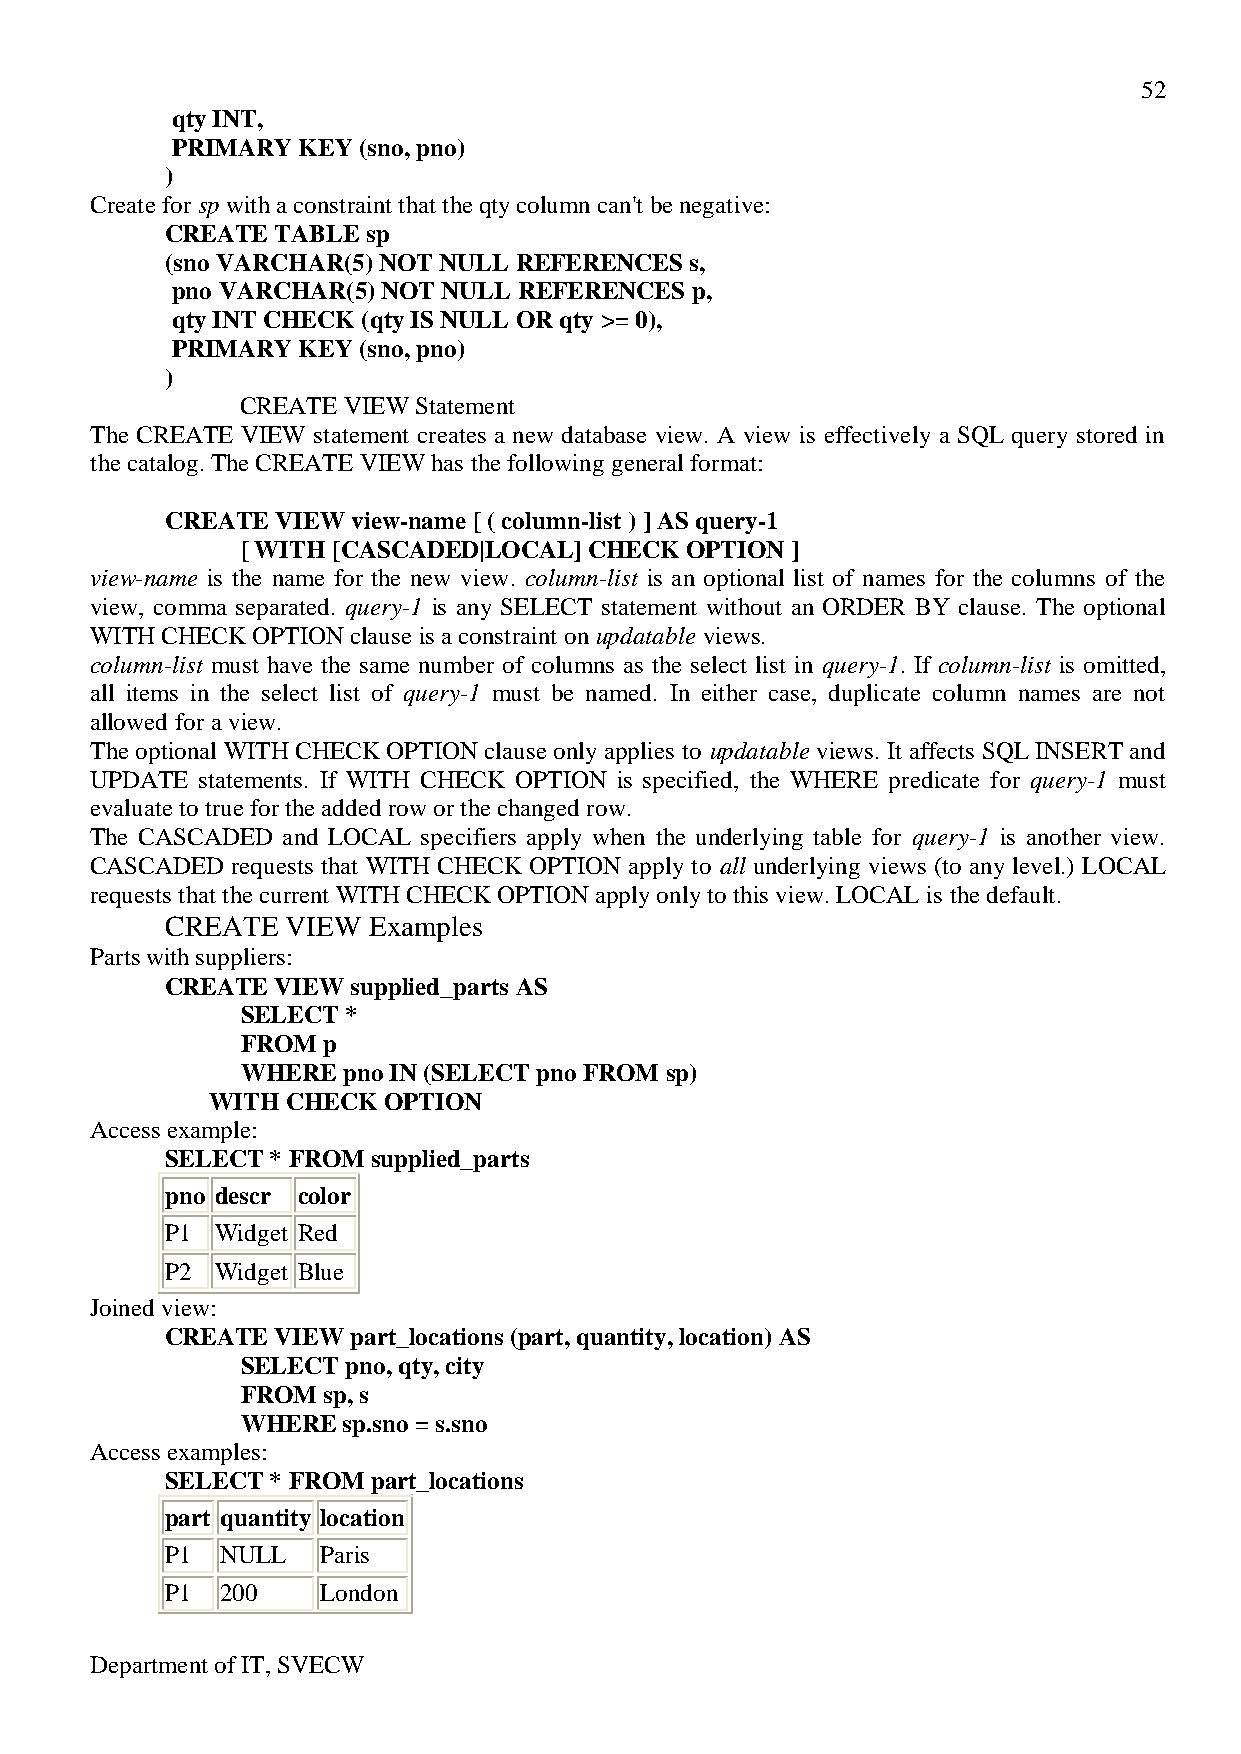
52
 qty INT,
 PRIMARY  KEY (sno, pno)
 )
 Create for sp with a constraint that the qty column can't be negative:
 CREATE TABLE sp
 (sno VARCHAR(5) NOT NULL REFERENCES s,
 pno VARCHAR(5) NOT NULL REFERENCES p,
 qty INT CHECK (qty IS NULL OR qty >= 0),
 PRIMARY  KEY (sno, pno)
 )
 CREATE VIEW Statement
 The CREATE VIEW statement creates a new database view. A view is effectively a SQL query stored in
 the catalog. The CREATE VIEW has the following general format:
 CREATE VIEW view-name [ ( column-list ) ] AS query-1
 [ WITH [CASCADED|LOCAL] CHECK OPTION ]
 view-name is the name for the new view. column-list is an optional list of names for the columns of the
 view, comma separated. query-1 is any SELECT statement without an ORDER BY clause. The optional
 WITH CHECK OPTION clause is a constraint on updatable views.
 column-list must have the same number of columns as the select list in query-1. If column-list is omitted,
 all items in the select list of query-1 must be named. In either case, duplicate column names are not
 allowed for a view.
 The optional WITH CHECK OPTION clause only applies to updatable views. It affects SQL INSERT and
 UPDATE statements. If WITH CHECK OPTION is specified, the WHERE predicate for query-1 must
 evaluate to true for the added row or the changed row.
 The CASCADED and LOCAL specifiers apply when the underlying table for query-1 is another view.
 CASCADED requests that WITH CHECK OPTION apply to all underlying views (to any level.) LOCAL
 requests that the current WITH CHECK OPTION apply only to this view. LOCAL is the default.
 CREATE  VIEW Examples
 Parts with suppliers:
 CREATE VIEW supplied_parts AS
 SELECT *
 FROM p
 WHERE  pno IN (SELECT pno FROM sp)
 WITH CHECK OPTION
 Access example:
 SELECT * FROM supplied_parts
 pno descr color
 P1 Widget Red
 P2 Widget Blue
 Joined view:
 CREATE VIEW part_locations (part, quantity, location) AS
 SELECT pno, qty, city
 FROM sp, s
 WHERE  sp.sno = s.sno
 Access examples:
 SELECT * FROM part_locations
 part quantity location
 P1  NULL  Paris
 P1  200   London
 Department of IT, SVECW